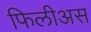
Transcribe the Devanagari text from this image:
फिलीअस